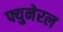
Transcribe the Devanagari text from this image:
फ्युनेरल